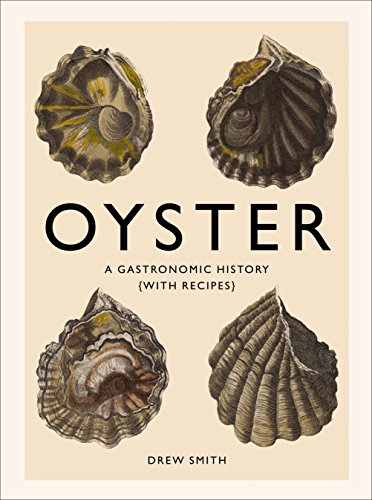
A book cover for Oyster: A Gastronomic History (with Recipes); Drew Smith; Cookbooks, Food & Wine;